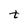
Character: t